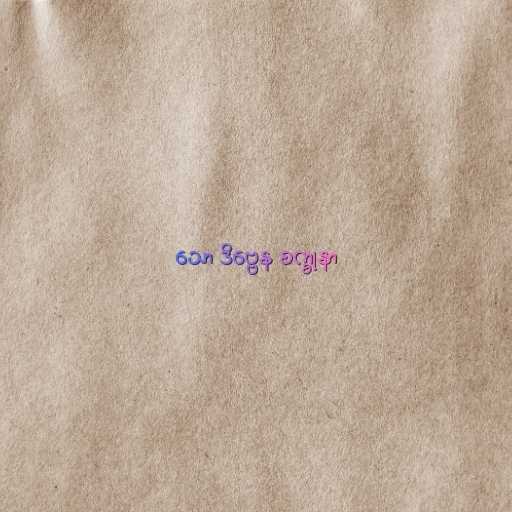
သော ဒိဗ္ဗေန စက္ခုနာ